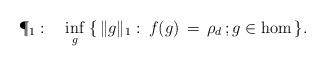
LaTeX: \begin{align*}\P_1:\quad\inf_g\:\{\,\Vert g\Vert_1: \:f(g)\,=\,\rho_d\,;g\in\hom\,\}.\end{align*}